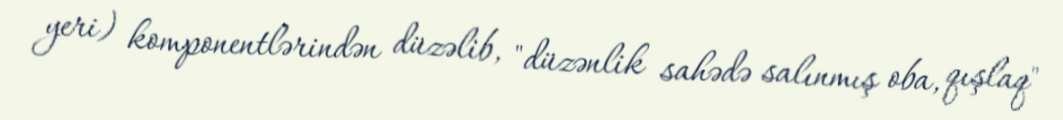
yeri) komponentlərindən düzəlib, "düzənlik sahədə salınmış oba, qışlaq"